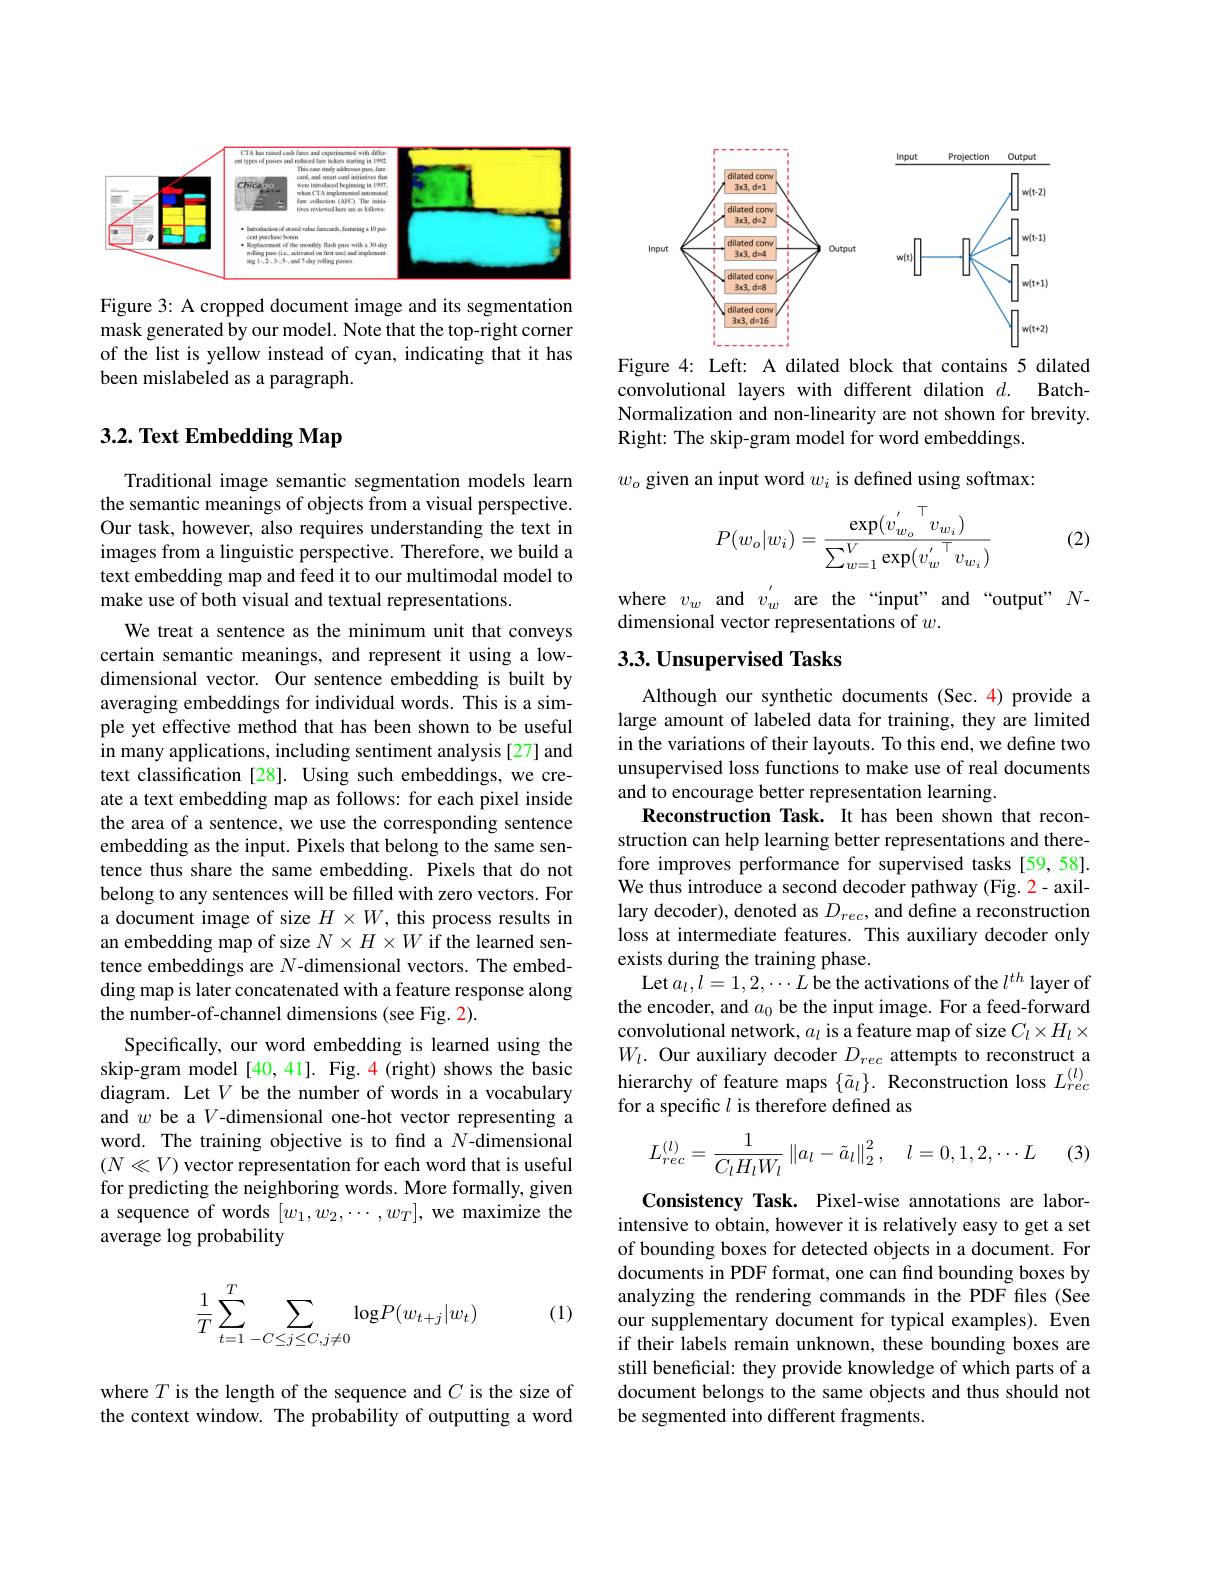
<FigureHere>

Figure 3: A cropped document image and its segmentation mask generated by our model. Note that the top-right corner of the list is yellow instead of cyan, indicating that it has been mislabeled as a paragraph.

# 3.2. Text Embedding Map

Traditional image semantic segmentation models learn the semantic meanings of objects from a visual perspective. Our task, however, also requires understanding the text in images from a linguistic perspective. Therefore, we build a text embedding map and feed it to our multimodal model to make use of both visual and textual representations.
We treat a sentence as the minimum unit that conveys certain semantic meanings, and represent it using a lowdimensional vector. Our sentence embedding is built by averaging embeddings for individual words. This is a simple yet effective method that has been shown to be useful in many applications, including sentiment analysis[27] and text classification [28]. Using such embeddings, we create a text embedding map as follows: for each pixel inside the area of a sentence, we use the corresponding sentence embedding as the input. Pixels that belong to the same sentence thus share the same embedding. Pixels that do not belong to any sentences will be filled with zero vectors. For a document image of size $H\times W$, this process results in an embedding map of size $N\times H\times W$ if the learned sentence embeddings are $N$-dimensional vectors. The embedding map is later concatenated with a feature response along the number-of-channel dimensions (see Fig. 2).
Specifically, our word embedding is learned using the skip-gram model [40,41]. Fig. 4 (right) shows the basic diagram. Let $V$ be the number of words in a vocabulary and $w$ be a V-dimensional one-hot vector representing a word. The training objective is to find a $N$-dimensional $(N\ll V)$ vector representation for each word that is useful for predicting the neighboring words. More formally, given a sequence of words $[w_1,w_2,\cdots,w_T]$, we maximize the average $\log$ probability

(1)
$$\dfrac{1}{T}\sum\limits_{t=1}^{T}\sum\limits_{-C\leq j\leq C,j\neq0}\mathrm{log}P(w_{t+j}|w_{t})$$
where $T$ is the length of the sequence and $C$ is the size of the context window. The probability of outputting a word

<FigureHere>

Figure 4: Left: A dilated block that contains 5 dilated convolutional layers with different dilation $d.$ BatchNormalization and non-linearity are not shown for brevity. Right: The skip-gram model for word embeddings.

$w_o$ given an input word $w_i$ is defined using softmax:
$$P(w_o|w_i)=\frac{\exp({v_{w_o}^{'}}^\top v_{w_i})}{\sum_{w=1}^V\exp({v_w^{'}}^\top v_{w_i})}$$
(2)

where $v_w$ and $v_w^{^{\prime}}$ are the “input” and“output’ $N$-
dimensional vector representations of $w.$

## $3. 3. \textbf{Unsupervised Tasks}$

Although our synthetic documents (Sec.4) provide a large amount of labeled data for training, they are limited in the variations of their layouts. To this end, we define two unsupervised loss functions to make use of real documents and to encourage better representation learning.
Reconstruction Task. It has been shown that reconstruction can help learning better representations and therefore improves performance for supervised tasks [59,58]. We thus introduce a second decoder pathway (Fig. 2- axillary decoder), denoted as $D_{rec}$, and define a reconstruction loss at intermediate features. This auxiliary decoder only exists during the training phase.
Let$a_{l}, l= 1, 2, \cdots L$ be the activations of the $l^{th}$ layer of the encoder, and $a_0$ be the input image. For a feed-forward convolutional network, $a_l$ is a feature map of size $C_l\times H_l\times$ $W_l.$ Our auxiliary decoder $D_rec$ attempts to reconstruct a hierarchy of feature maps $\{\tilde{a}_l\}.$ Reconstruction loss $L_rec^{(l)}$ for a specific $l$ is therefore defined as
$$L_{rec}^{(l)}=\frac{1}{C_lH_lW_l}\left\|a_l-\tilde{a}_l\right\|_2^2,\quad l=0,1,2,\cdots L$$
(3)

Consistency Task. Pixel-wise annotations are laborintensive to obtain, however it is relatively easy to get a set of bounding boxes for detected objects in a document. For documents in PDF format, one can find bounding boxes by analyzing the rendering commands in the PDF files (See our supplementary document for typical examples). Even if their labels remain unknown, these bounding boxes are still beneficial: they provide knowledge of which parts of a document belongs to the same objects and thus should not be segmented into different fragments.